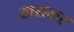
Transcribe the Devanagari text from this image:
खसकर